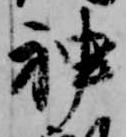
神